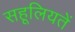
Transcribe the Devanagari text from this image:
सहूलियतें